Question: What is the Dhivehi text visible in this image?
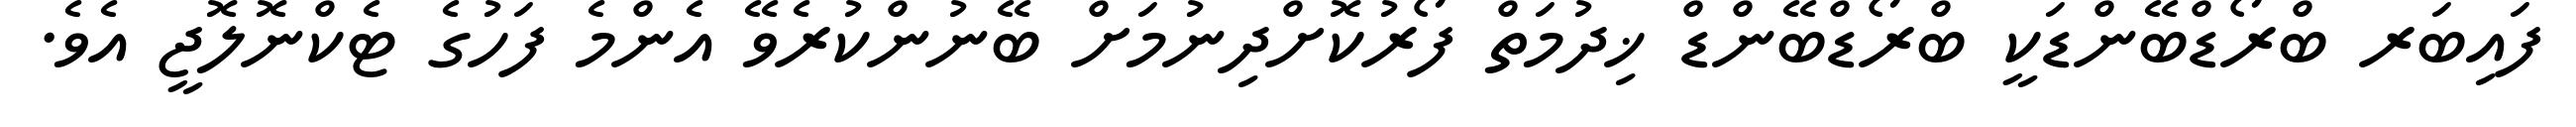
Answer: ފައިބަރ ބްރޯޑްބޭންޑަކީ ބްރޯޑްބޭންޑް ޚިދުމަތް ފޯރުކޮށްދިނުމަށް ބޭނުންކުރެވޭ އެންމެ ފަހުގެ ޓެކްނޮލޮޖީ އެވެ.